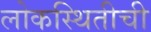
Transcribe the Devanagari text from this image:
लोकस्थितीची